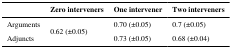
<table><thead><tr><td></td><td><b>Zero interveners</b></td><td><b>One intervener</b></td><td><b>Two interveners</b></td></tr></thead><tbody><tr><td>Arguments</td><td rowspan="2">0.62 (±0.05)</td><td>0.70 (±0.05)</td><td>0.7 (±0.05)</td></tr><tr><td>Adjuncts</td><td>0.73 (±0.05)</td><td>0.68 (±0.04)</td></tr></tbody></table>